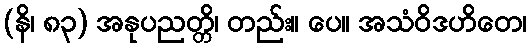
(နိ၊ ၈၃) အနုပညတ္တိ၊ တည်း။ ပေ။ အသံဝိဒဟိတေ၊